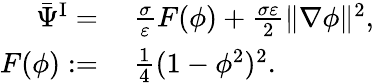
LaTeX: \begin{array}{rl}{\bar{\Psi}^{\mathrm{I}}=}&{{}~\frac{\sigma}{\varepsilon}F(\phi)+\frac{\sigma\varepsilon}{2}\| \nabla\phi\| ^{2},}\\ {F(\phi):=}&{{}~\frac{1}{4}(1-\phi^{2})^{2}.}\end{array}